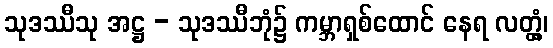
သုဒဿီသု အဋ္ဌ - သုဒဿီဘုံ၌ ကမ္ဘာရှစ်ထောင် နေရ လတ္တံ့၊